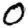
Digit: 0